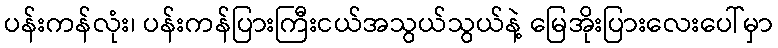
ပန်းကန်လုံး၊ ပန်းကန်ပြားကြီးငယ်အသွယ်သွယ်နဲ့ မြေအိုးပြားလေးပေါ်မှာ